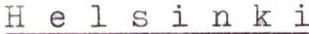
Helsinki